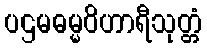
ပဌမဓမ္မဝိဟာရီသုတ္တံ